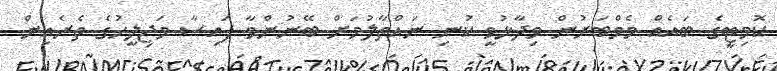
ކޮމިޓީގެ ބައެއް މެމްބަރުން ވިދާޅުވީ ކުނި ނައްތާލުމަށް ބޭނުންވާ ފައިސާ މަޖިލީހުގެ ތެރެއިން